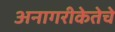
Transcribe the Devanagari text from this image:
अनागरीकेतेचे